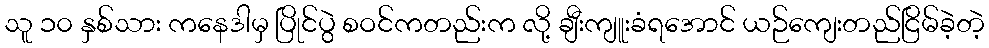
သူ ၁၀ နှစ်သား ကနေဒါမှ ပြိုင်ပွဲ စဝင်ကတည်းက လို့ ချီးကျူးခံရအောင် ယဉ်ကျေးတည်ငြိမ်ခဲ့တဲ့